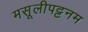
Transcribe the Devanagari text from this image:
मसूलीपट्टनम